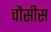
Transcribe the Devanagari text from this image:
चौसीस